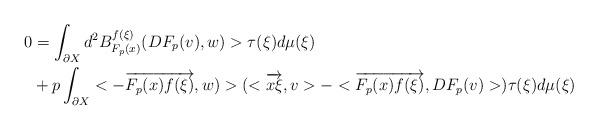
LaTeX: \begin{align*}0 & = \int_{\partial X} d^2 B^{f(\xi)}_{F_p(x)}( DF_p(v), w) > \tau(\xi) d\mu(\xi) \\ & + p \int_{\partial X} < - \overrightarrow{F_p(x)f(\xi)}, w) > ( < \overrightarrow{x\xi}, v > - < \overrightarrow{F_p(x)f(\xi)}, DF_p(v) > ) \tau(\xi) d\mu(\xi) \\\end{align*}